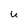
Character: U